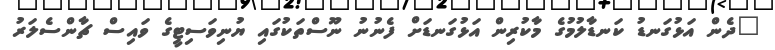
"ދެން އަޅުގަނޑު ކަނޑާލުމުގެ މާކުރިން އަޅުގަނޑަށް ފެނުނު ނޫސްތަކުގައި ޔުނިވަސިޓީގެ ވައިސް ޗާންސެލަރު